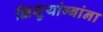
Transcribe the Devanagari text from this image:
क्षिशुयांग्बांना